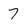
Character: 7